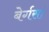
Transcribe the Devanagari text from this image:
बेर्गसां